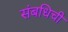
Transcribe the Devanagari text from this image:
संबधिची